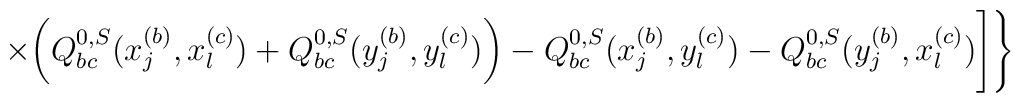
\times\bigg(Q_{bc}^{0,S}(x_j^{(b)},x_l^{(c)})+Q_{bc}^{0,S}(y_j^{(b)},y_l^{(c)})\bigg)-Q_{bc}^{0,S}(x_j^{(b)},y_l^{(c)})-Q_{bc}^{0,S}(y_j^{(b)},x_l^{(c)}) \Bigg]\Bigg\}